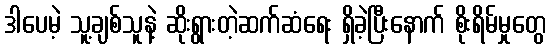
ဒါပေမဲ့ သူ့ချစ်သူနဲ့ ဆိုးရွားတဲ့ဆက်ဆံရေး ရှိခဲ့ပြီးနောက် စိုးရိမ်မှုတွေ